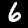
Label: 6